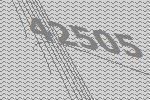
42505